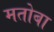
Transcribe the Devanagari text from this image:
मतोबा